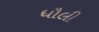
ધૌલી